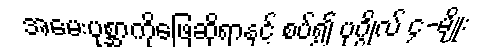
အမေးပုစ္ဆာကိုဖြေဆိုရာနှင့် စပ်၍ ပုဂ္ဂိုလ် ၄-မျိုး